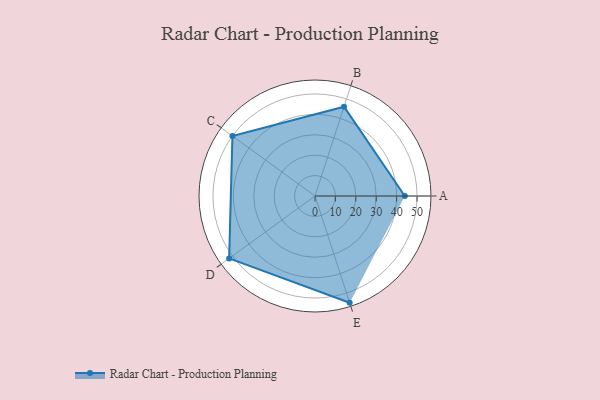
{"axis": {"x": "Skill", "y": "Score"}, "legend": ["Profile"], "data": [{"x": "A", "y": 44.0, "type": "Profile"}, {"x": "B", "y": 46.0, "type": "Profile"}, {"x": "C", "y": 50.0, "type": "Profile"}, {"x": "D", "y": 52.0, "type": "Profile"}, {"x": "E", "y": 55.0, "type": "Profile"}]}